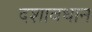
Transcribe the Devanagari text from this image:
दशावधान